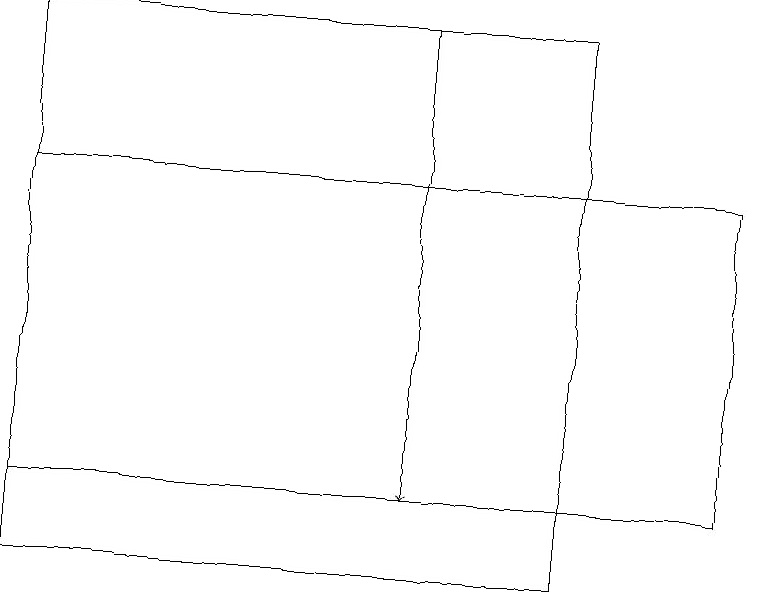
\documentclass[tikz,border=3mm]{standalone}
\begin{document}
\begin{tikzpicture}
\draw[->] (5,19) -- (5,13);
\draw (9,17) rectangle (0,13);
\draw (7,12) rectangle (0,19);
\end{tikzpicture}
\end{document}